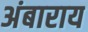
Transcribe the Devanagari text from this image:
अंबाराय